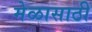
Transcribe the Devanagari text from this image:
मेळासाठी